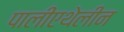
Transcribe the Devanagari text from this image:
पालीएथेलीन